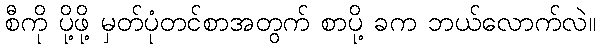
စီကို ပို့ဖို့ မှတ်ပုံတင်စာအတွက် စာပို့ ခက ဘယ်လောက်လဲ။